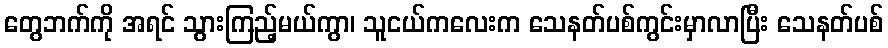
တွေဘက်ကို အရင် သွားကြည့်မယ်ကွာ၊ သူငယ်ကလေးက သေနတ်ပစ်ကွင်းမှာလာပြီး သေနတ်ပစ်